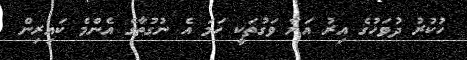
ހުކުރު ދުވަހުގެ އިރު އަރާ ވަގުތަކީ ހަމަ އެ ނުގުތާގެ އެންމެ ކައިރިން